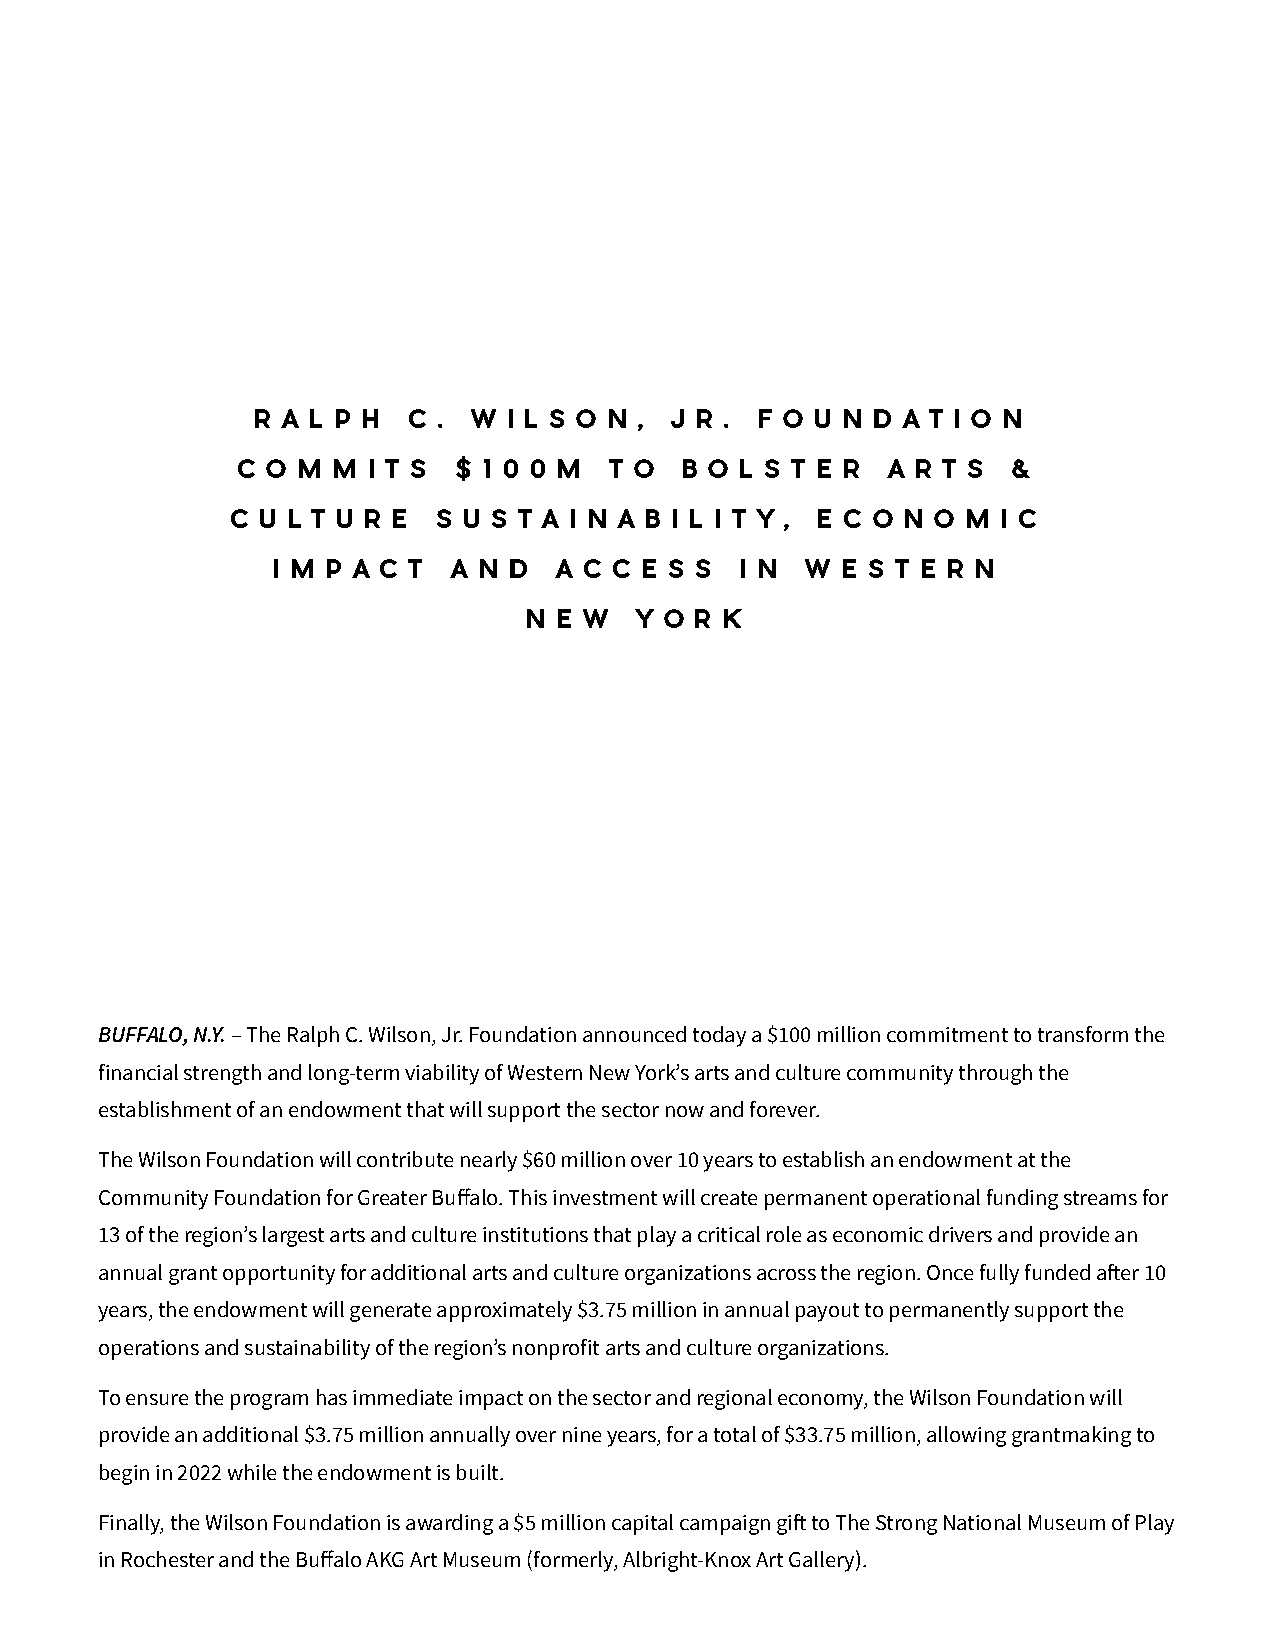
R A L P H C . W  I L S O N , J R . F O U N D A T I O N
 C O M M I T S $ 1 0 0 M T O  B O L S T E R A R T S &
 C U L T U R E S U S T A I N A B I L I T Y , E C O N O M I C
 I M P A C T A N D  A C C E S S I N W  E S T E R N
 N E W  Y O R K
 BUFFALO, N.Y. – The Ralph C. Wilson, Jr. Foundation announced today a $100 million commitment to transform the
 financial strength and long-term viability of Western New York’s arts and culture community through the
 establishment of an endowment that will support the sector now and forever.
 The Wilson Foundation will contribute nearly $60 million over 10 years to establish an endowment at the
 Community Foundation for Greater Bualo. This investment will create permanent operational funding streams for
 13 of the region’s largest arts and culture institutions that play a critical role as economic drivers and provide an
 annual grant opportunity for additional arts and culture organizations across the region. Once fully funded aer 10
 years, the endowment will generate approximately $3.75 million in annual payout to permanently support the
 operations and sustainability of the region’s nonprofit arts and culture organizations.
 To ensure the program has immediate impact on the sector and regional economy, the Wilson Foundation will
 provide an additional $3.75 million annually over nine years, for a total of $33.75 million, allowing grantmaking to
 begin in 2022 while the endowment is built.
 Finally, the Wilson Foundation is awarding a $5 million capital campaign gi to The Strong National Museum of Play
 in Rochester and the Bualo AKG Art Museum (formerly, Albright-Knox Art Gallery).